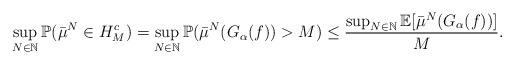
LaTeX: \begin{align*}\begin{aligned}\sup_{N \in \mathbb{N}}\mathbb{P}(\bar \mu^N \in H^c_M) &= \sup_{N \in \mathbb{N}}\mathbb{P}(\bar \mu^N(G_\alpha(f))>M )\leq\frac{\sup_{N \in \mathbb{N}}\mathbb{E}[\bar \mu^N(G_\alpha(f))]}{M}.\end{aligned}\end{align*}